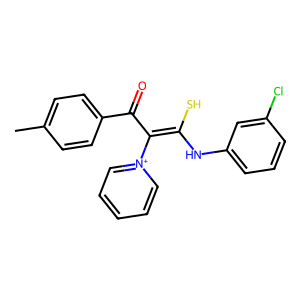
SMILES: Cc1ccc(C(=O)C(=C(S)Nc2cccc(Cl)c2)[n+]2ccccc2)cc1
Inhibits HIV replication: No